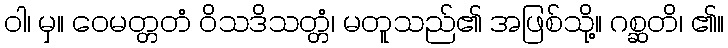
ဝါ၊ မှ။ ဝေမတ္တတံ ဝိသဒိသတ္တံ၊ မတူသည်၏ အဖြစ်သို့။ ဂစ္ဆတိ၊ ၏။